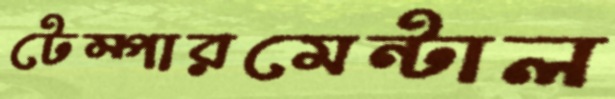
টেম্পারমেন্টাল